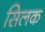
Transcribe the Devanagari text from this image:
सिलक